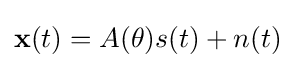
\textstyle \mathbf {x} (t)=A(\theta )s(t)+n(t)